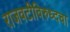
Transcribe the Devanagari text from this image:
राजवटीविरुध्दचा